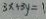
3 x \div 3 y = 1